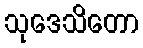
သုဒေသိတော